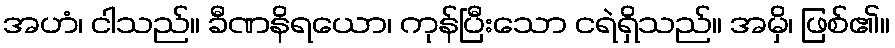
အဟံ၊ ငါသည်။ ခီဏနိရယော၊ ကုန်ပြီးသော ငရဲရှိသည်။ အမှိ၊ ဖြစ်၏။